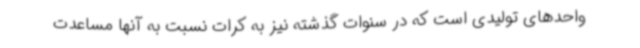
واحدهای تولیدی است که در سنوات گذشته نیز به کرات نسبت به آنها مساعدت